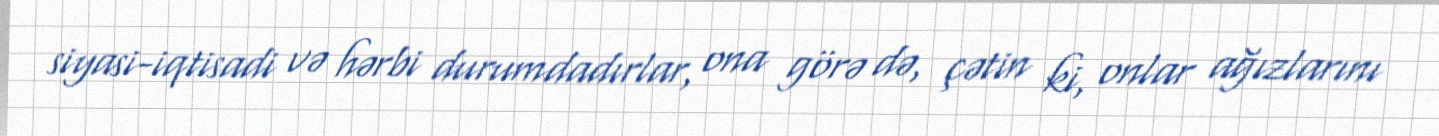
siyasi-iqtisadi və hərbi durumdadırlar, ona görə də, çətin ki, onlar ağızlarını